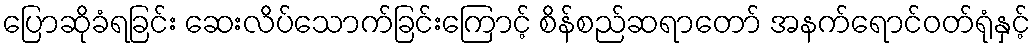
ပြောဆိုခံရခြင်း ဆေးလိပ်သောက်ခြင်းကြောင့် စိန်စည်ဆရာတော် အနက်ရောင်ဝတ်ရုံနှင့်